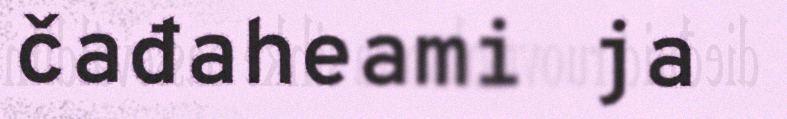
čađaheami ja